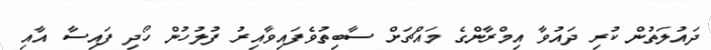
ދައުލަތުން ކުރި ދައުވާ އިމްރާންގެ މައްޗަށް ސާބިތުވެފައިވާއިރު ފުލުހުން ހޯދި ފައިސާ އާއި